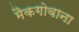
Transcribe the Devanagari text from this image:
मैकगोवाना